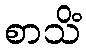
စာသိံ